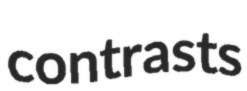
contrasts